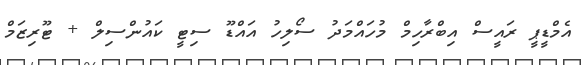
އެމްޑީޕީ ރައީސް އިބްރާހިމް މުހައްމަދު ސޯލިހު އައްޑޫ ސިޓީ ކައުންސިލް + ޓޫރިޒަމް